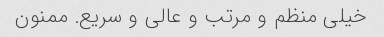
خیلی منظم و مرتب و عالی و سریع. ممنون